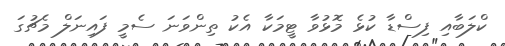
ކްލަބާއި ފިސްޑާ ކުޅެ މޮޅުވާ ޓީމަކާ އެކު ތިންވަނަ ސެމީ ފައިނަލް މެޗުގަ